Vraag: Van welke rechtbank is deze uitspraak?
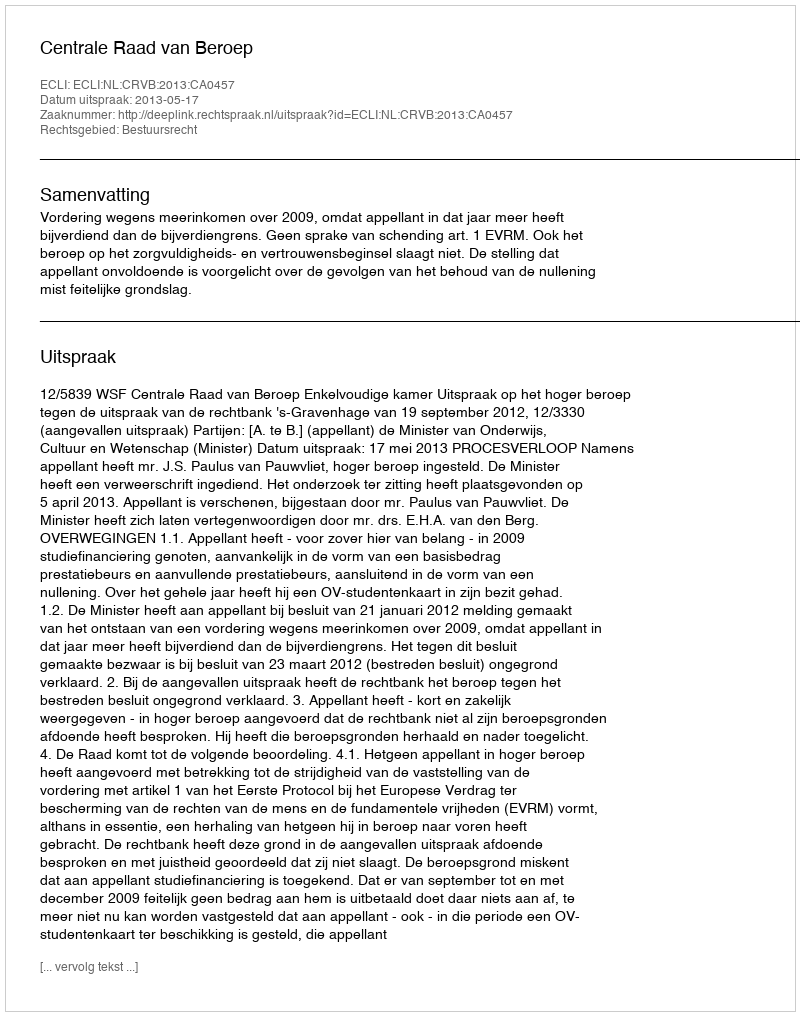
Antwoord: Centrale Raad van Beroep